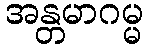
အန္တမာဂမ္မ